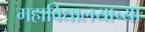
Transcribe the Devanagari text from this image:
महाविद्यालयाच्‍या